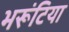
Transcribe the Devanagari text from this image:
भरूंटिया